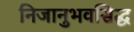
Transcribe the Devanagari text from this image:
निजानुभवसिद्ध